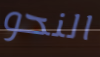
النحو